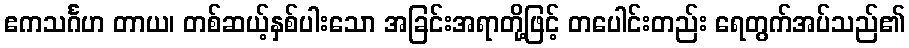
ဧကသင်္ဂဟ တာယ၊ တစ်ဆယ့်နှစ်ပါးသော အခြင်းအရာတို့ဖြင့် တပေါင်းတည်း ရေတွက်အပ်သည်၏